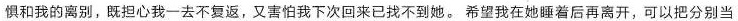
惧和我的离别，既担心我一去不复返，又害怕我下次回来已找不到她。希望我在她睡着后再离开，可以把分别当